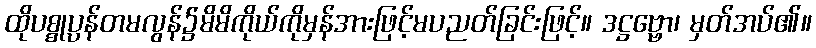
ထိုပစ္စုပ္ပန်တမလွန်၌မိမိကိုယ်ကိုမှန်အားဖြင့်မပညတ်ခြင်းဖြင့်။ ဒဋ္ဌဗ္ဗော၊ မှတ်အပ်၏။